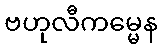
ဗဟုလီကမ္မေန